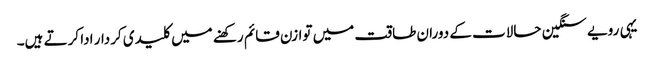
یہی رویے سنگین حالات کے دوران طاقت میں توازن قائم رکھنے میں کلیدی کردار ادا کرتے ہیں۔